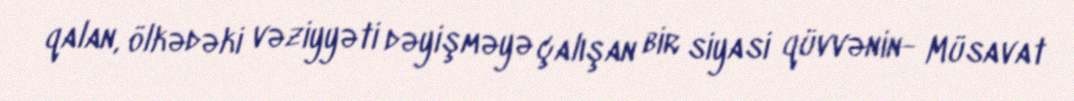
qalan, ölkədəki vəziyyəti dəyişməyə çalışan bir siyasi qüvvənin- Müsavat